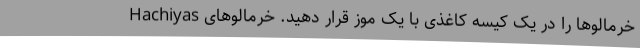
خرمالوها را در یک کیسه کاغذی با یک موز قرار دهید. خرمالوهای Hachiyas